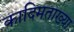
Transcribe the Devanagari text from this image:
कादिमताख्या